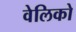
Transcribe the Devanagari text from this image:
वेलिको